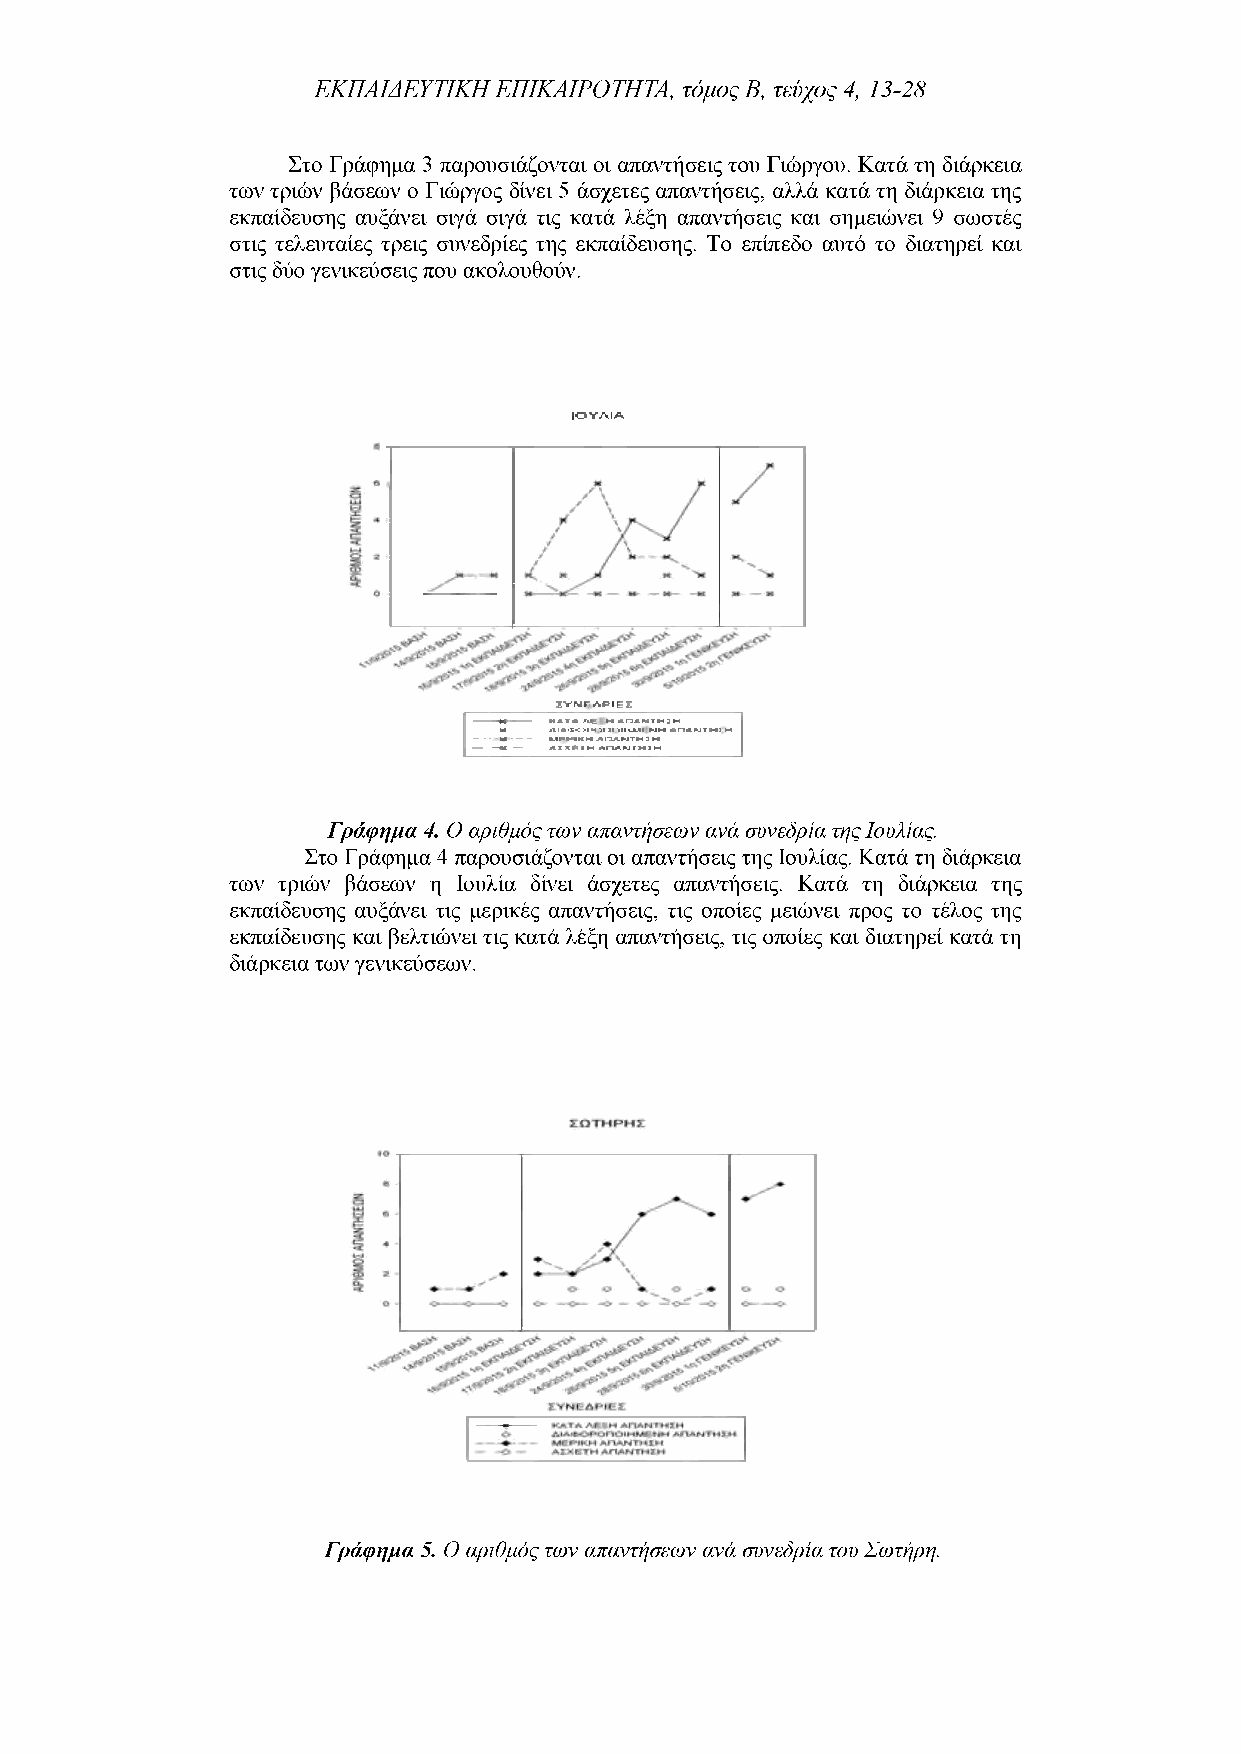
ΕΚΠΑΙΔΕΥΤΙΚΗ ΕΠΙΚΑΙΡΟΤΗΤΑ, τόμος Β, τεύχος 4, 13-28
 Στο Γράφημα 3 παρουσιάζονται οι απαντήσεις του Γιώργου. Κατά τη διάρκεια
 των τριών βάσεων ο Γιώργος δίνει 5 άσχετες απαντήσεις, αλλά κατά τη διάρκεια της
 εκπαίδευσης αυξάνει σιγά σιγά τις κατά λέξη απαντήσεις και σημειώνει 9 σωστές
 στις τελευταίες τρεις συνεδρίες της εκπαίδευσης. Το επίπεδο αυτό το διατηρεί και
 στις δύο γενικεύσεις που ακολουθούν.
 ΙΟΥΛΙΑ
 £VMr API Ε £
 ----Η---- ΚΑΤΑ At Η ΛΠΛΗΤΗ?Η
 U  ΛΙΛ-Ε-: :·| Η ·,| 1! '.II *-ΜΓ ΝΗ ΑΠΛΝΓΗΪΗ
 -----W- — - ΜΓΗΚΗ ΑΙΐΑΝΤΗ ΙΗ
 -- —Κ ------ΛΙΧΓΙΗ ΑΠΑΝΓ1ΗΙΗ
 Γράφημα 4. Ο αριθμός των απαντήσεων ανά συνεδρία της Ιουλίας.
 Στο Γράφημα 4 παρουσιάζονται οι απαντήσεις της Ιουλίας. Κατά τη διάρκεια
 των τριών βάσεων η Ιουλία δίνει άσχετες απαντήσεις. Κατά τη διάρκεια της
 εκπαίδευσης αυξάνει τις μερικές απαντήσεις, τις οποίες μειώνει προς το τέλος της
 εκπαίδευσης και βελτιώνει τις κατά λέξη απαντήσεις, τις οποίες και διατηρεί κατά τη
 διάρκεια των γενικεύσεων.
 Γράφημα 5. Ο αριθμός των απαντήσεων ανά συνεδρία του Σωτήρη.